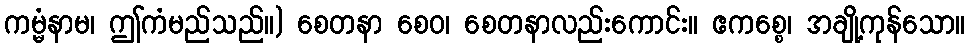
ကမ္မံနာမ၊ ဤကံမည်သည်။) စေတနာ စေဝ၊ စေတနာလည်းကောင်း။ ဧကစ္စေ၊ အချို့ကုန်သော။